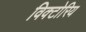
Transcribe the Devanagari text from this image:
विक्टोरिय